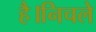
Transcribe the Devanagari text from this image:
है।निचले